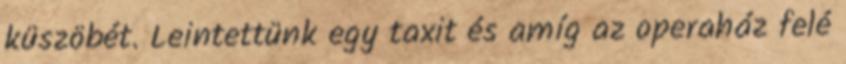
küszöbét. Leintettünk egy taxit és amíg az operaház felé